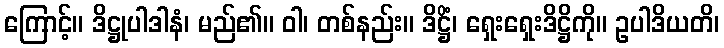
ကြောင့်။ ဒိဋ္ဌုပါဒါနံ၊ မည်၏။ ဝါ၊ တစ်နည်း။ ဒိဋ္ဌိံ၊ ရှေးရှေးဒိဋ္ဌိကို။ ဥပါဒိယတိ၊